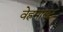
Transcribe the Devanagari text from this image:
वेह्रमाख्ट